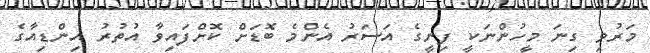
މަރުވި ގިނަ މީހުންނަކީ ފިނީގެ އަސަރު އެންމެ ބޮޑަށް ކޮށްފައިވާ އުތުރު އިންޑިއާގެ